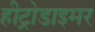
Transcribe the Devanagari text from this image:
हीट्रोडाइमर